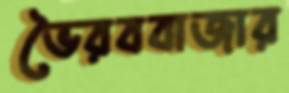
ভৈরববাজার